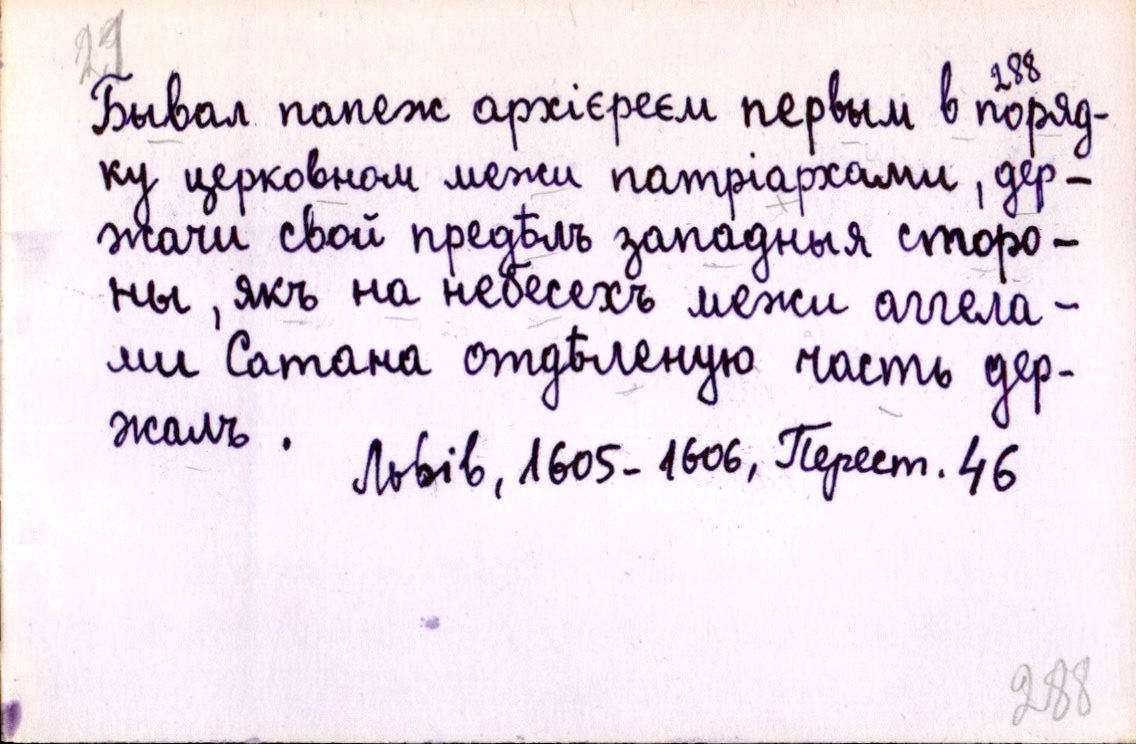
Бывал папеж архієреєм первым в порядо-
ку церковном межи патріархами, дер-
жачи свой предѣлъ западныя сторо-
ны, якъ на небесехъ межи аггела-
ми Сатана отдѣленую часть дер-
жалъ.
Львів, 1605-1606, Перест. 46